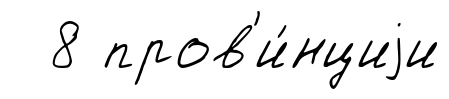
8 пров'и́нциjи